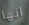
انها